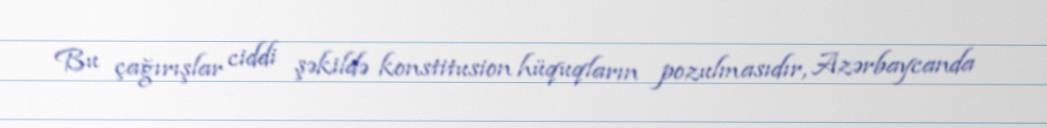
Bu çağırışlar ciddi şəkildə konstitusion hüquqların pozulmasıdır, Azərbaycanda